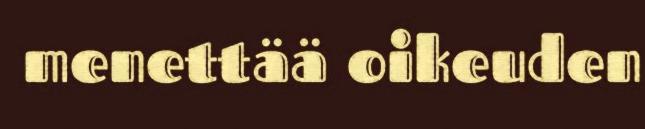
menettää oikeuden